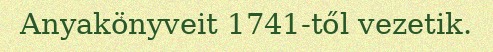
Anyakönyveit 1741-től vezetik.